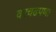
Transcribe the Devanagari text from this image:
वरचढपणा